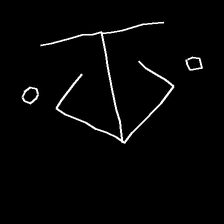
Glyph: earth